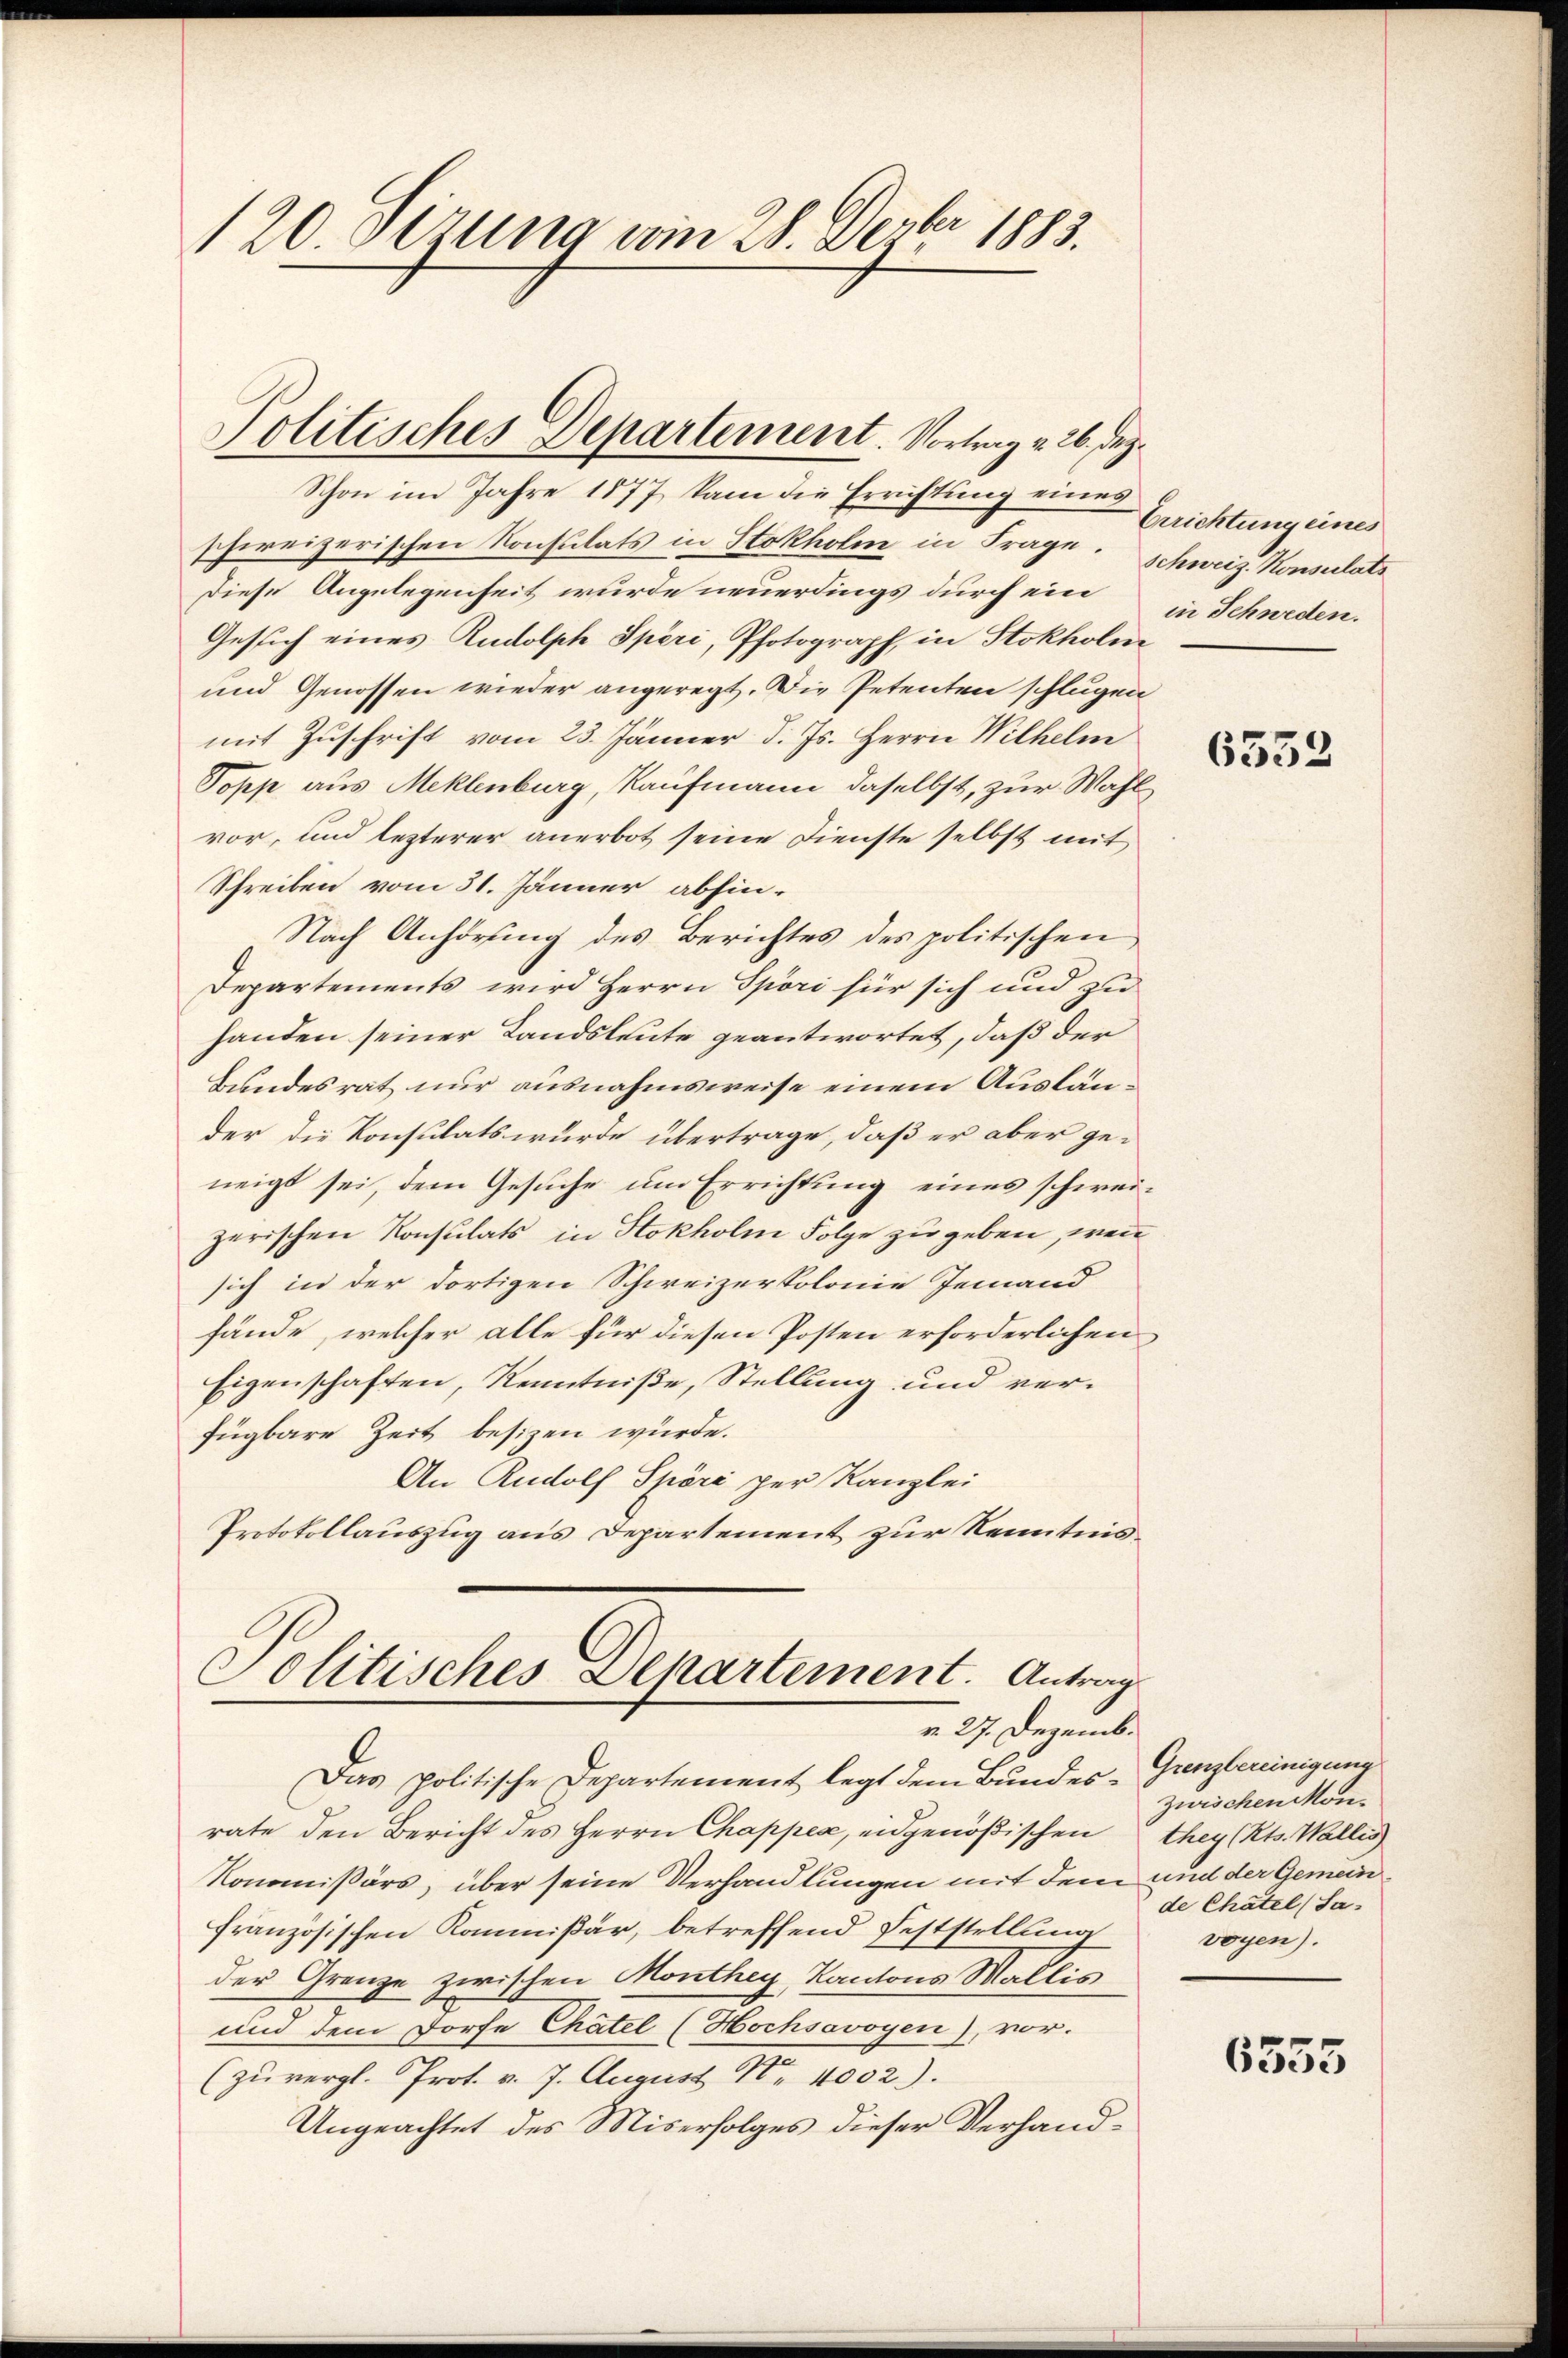
120. Sezung vom 28. Dezbr 1883.

Schon im Jahre 1877, kam die Errichtung eines
schweizerischen Konsulats in Stokholm in Frage. Schweiz. Konsulats
diese Angelegenheit wurde neuerdings durch ein
Gesuch eines Rudolph Spéri, Photograph, in Stokholm
und Genossen wieder angeregt. Die Petenten schlugen
mit Zuschrift vom 23. Jänner d. Js. Herrn Wilhelm
Topp aus Meklenburg, Kaufmann daselbst, zur Wahl
vor, und lezterer anerbot seine Dienste selbst mit
Schreiben vom 31. Jänner abhin¬
Nach Anhörung des Berichtes des politischen
Departements wird Herrn Spöri für sich und zu
handen seiner Landsleute geantwortet, daß der
Bundesrat nur ausnahmsweise einem Ausländer die Konsulats wurde übertrage, daß er aber ge-
neigt sei, dem Gesuche um Errichtung eines schweizerischen Konsulats in Stokholm Folge zu geben, wenn
sich in der dortigen Schweizertolonie Jemand
fände, welcher alle für diesen Posten erforderlichen
Eigenschaften, Kenntniße, Stellung und verfügbare Zeit besizen würde.
An Rudolf Spöri per Kanzlei
Protokollauszug aus Departement zur Kenntnis¬

Politisches Departement. Vortrag v. 26. Dez.

Politisches Departement. Antrag
r. 27. Dezemb.

Das politische Departement legt dem Bundes-Grenzbereinigung
rate den Bericht des Herrn Chappes, eidgenößischen
Kommißärs, über seine Verhandlungen mit dem und der Gemein
französischen Kommißär, betreffend Feststellung
der Grenze zwischen Monthey, Kantons Wallis
und dem Dorfe Chatel (Hochsovoyen), vor.
(zŭ vergl. Prot. v. J. August Nr. 4002).
Ungeachtet des Miserfolges dieser Verhand¬

Errichtung eines
in Schweden.

6532

zwischen Monthey (Kts. Wallis
de Chatel (Sa-
voyen).

6555